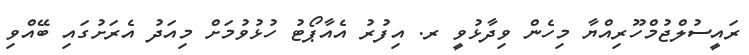
ރައީސުލްޖުމްހޫރިއްޔާ މިހެން ވިދާޅުވީ ރ. އިފުރު އެއާޕޯޓު ހުޅުވުމަށް މިއަދު އެރަށުގައި ބޭއްވި